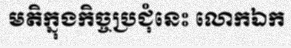
មតិក្នុងកិច្ចប្រជុំនេះ លោកឯក